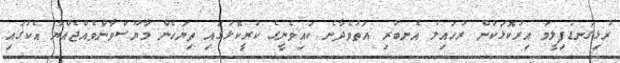
ރުޅިގަނޑުފިލީމަ އިރުކޮޅަކުން ރުހައިލު އެނބުރި އަތުވެދާނެ ކައިވެނީގެ ކުރީކޮޅުގައި ތިޔަހެން މާޔޫސްވާންވެއްޖެއްޔާ އެކުގައި